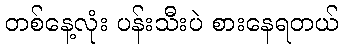
တစ်နေ့လုံး ပန်းသီးပဲ စားနေရတယ်